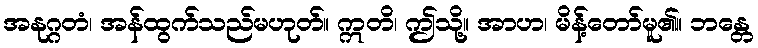
အနုဂ္ဂတံ၊ အန်ထွက်သည်မဟုတ်။ ဣတိ၊ ဤသို့။ အာဟ၊ မိန့်တော်မူ၏။ ဘန္တေ